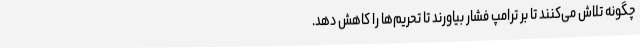
چگونه تلاش می‌کنند تا بر ترامپ فشار بیاورند تا تحریم‌ها را کاهش دهد.